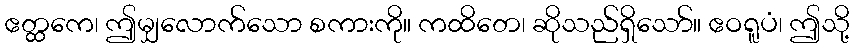
ဧတ္ထကေ၊ ဤမျှလောက်သော စကားကို။ ကထိတေ၊ ဆိုသည်ရှိသော်။ ဧဝရူပံ၊ ဤသို့